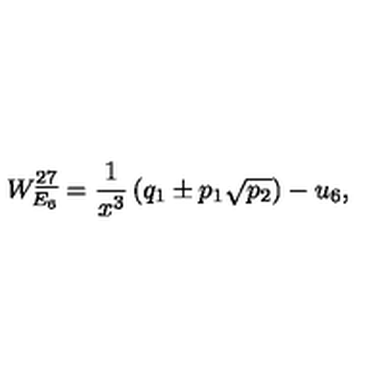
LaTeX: W _ { E _ { 6 } } ^ { \underline { { 2 7 } } } = { \frac { 1 } { x ^ { 3 } } } \left( q _ { 1 } \pm p _ { 1 } \sqrt { p _ { 2 } } \right) - u _ { 6 } ,